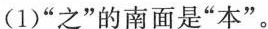
(1)”之”的南面是”本”。